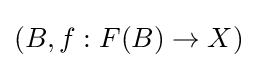
(B,f:F(B)\to X)